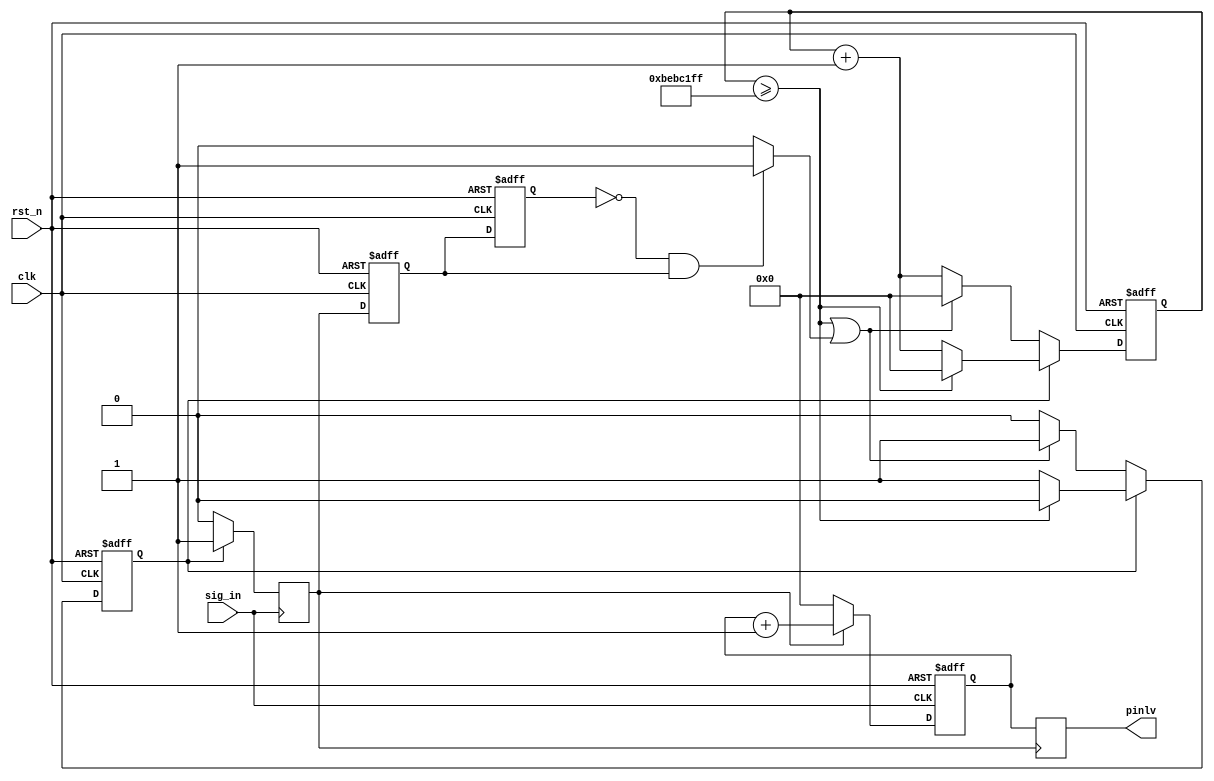
module cepin
(
	//global clock
	input					clk,			//system clock
	input					rst_n,     		//sync reset
	
	//pinlv interface
	input					sig_in,

	//user interface

	output	reg		[31:0]	pinlv
	
); 




//--------------------------------
//Funtion : 对实际闸门的下降沿进行检测
reg			sig_in_buffer;
reg			sig_in_buffer1;
always @(posedge clk or negedge rst_n)
begin
	if(!rst_n)
		sig_in_buffer <= 0;
	else
		sig_in_buffer <= start_cnt;
end
assign		start_cnt_neg = (sig_in_buffer1 == 0 && sig_in_buffer == 1) ? 1 : 0;

always @(posedge clk or negedge rst_n)
begin
	if(!rst_n)
		sig_in_buffer1 <= 0;
	else
		sig_in_buffer1 <= sig_in_buffer;
end


//--------------------------------
//Funtion : 预制闸门占空比可调
parameter	F_1S = 199_999_999; //200M
//fgate
reg		fgate;
reg		[31:0]		fgate_cnt;
always @(posedge clk or negedge rst_n)
begin
	if(!rst_n)
		fgate_cnt <= 0;
	else if(fgate)
	begin
		if(fgate_cnt >= F_1S)
			fgate_cnt <= 0;
		else
		fgate_cnt <= fgate_cnt + 1;
	end
	else if(!fgate)
	begin
		if(fgate_cnt >= F_1S || start_cnt_neg)
			fgate_cnt <= 0;
		else
			fgate_cnt <= fgate_cnt + 1;
	end
	else
		fgate_cnt <= fgate_cnt;
end

always @(posedge clk or negedge rst_n)
begin
	if(!rst_n)
		fgate <= 0;
	else if(fgate)
	begin
		if(fgate_cnt >= F_1S)
			fgate <= 0;
		else
			fgate <= fgate;
	end
	else if(!fgate)
	begin
		if(fgate_cnt >= F_1S || start_cnt_neg)
			fgate <= 1;
		else
			fgate <= fgate;
	end
	else
		fgate <= fgate;
end

//--------------------------------
//Funtion : 实际闸门
reg		start_cnt;
always @(posedge sig_in)
begin
	if(fgate)
		start_cnt <= 1;
	else
		start_cnt <= 0;
end

//--------------------------------
//Funtion : 被测信号Fc的个数
reg		[31:0]		fx_cnt_temp;
always @(posedge sig_in or negedge rst_n)
begin
	if(!rst_n)
		fx_cnt_temp <= 0;
	else if(start_cnt)
		fx_cnt_temp <= fx_cnt_temp + 1;
	else
		fx_cnt_temp <= 0;
end

//--------------------------------
//Funtion : 被测信号的频率
always @(negedge start_cnt)
begin
	pinlv <= fx_cnt_temp;
end



endmodule